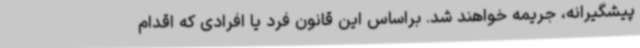
پیشگیرانه، جریمه خواهند شد. براساس این قانون فرد یا افرادی که اقدام